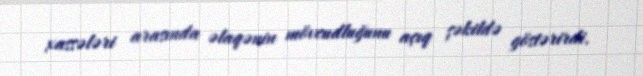
xassələri arasında əlaqənin mövcudluğunu açıq şəkildə göstərirdi.